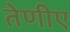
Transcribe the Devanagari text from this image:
तेणीए